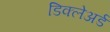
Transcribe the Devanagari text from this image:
डिक्‍लेअर्ड